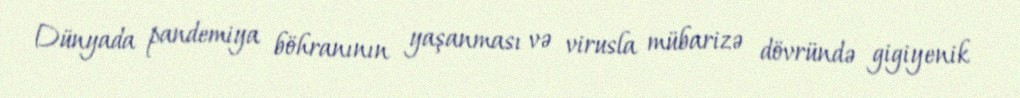
Dünyada pandemiya böhranının yaşanması və virusla mübarizə dövründə gigiyenik